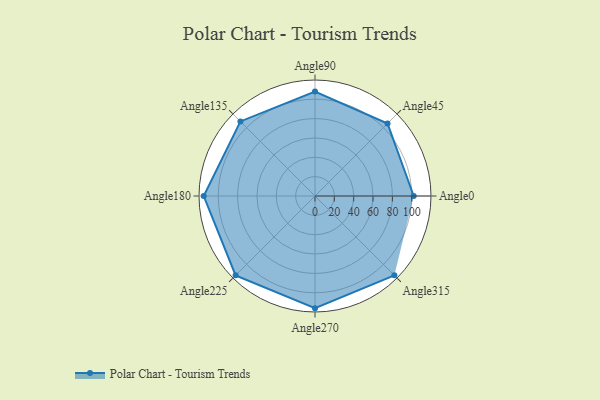
{"axis": {"x": "Angle", "y": "Radius"}, "legend": [""], "data": [{"x": "Angle0", "y": 102.0, "type": ""}, {"x": "Angle45", "y": 106.0, "type": ""}, {"x": "Angle90", "y": 108.0, "type": ""}, {"x": "Angle135", "y": 109.0, "type": ""}, {"x": "Angle180", "y": 115.0, "type": ""}, {"x": "Angle225", "y": 116.0, "type": ""}, {"x": "Angle270", "y": 116.0, "type": ""}, {"x": "Angle315", "y": 116.0, "type": ""}]}